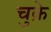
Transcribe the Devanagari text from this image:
चुक़े